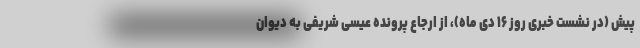
پیش (در نشست خبری روز ۱۶ دی ماه)، از ارجاع پرونده عیسی شریفی به دیوان